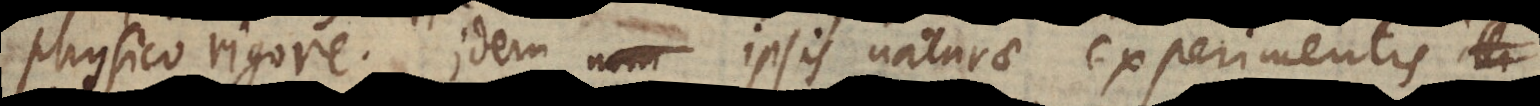
physico rigore. Idem ipsis naturae experimentis